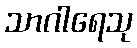
သာဂါရေသု